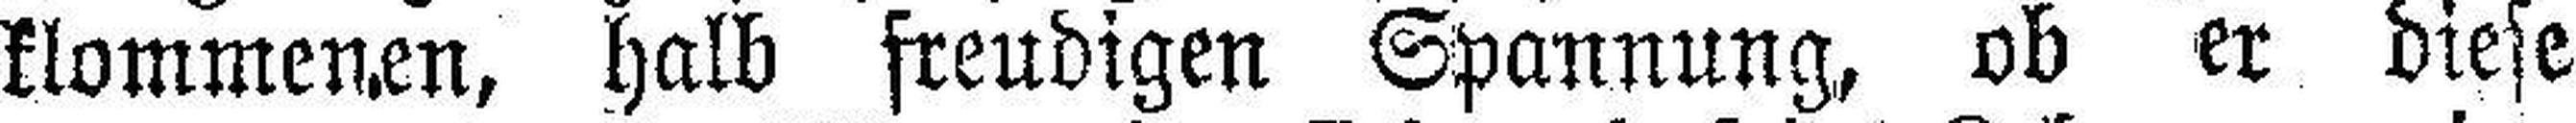
klommenen, halb freudigen Spannung, ob er diese